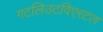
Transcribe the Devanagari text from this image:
गटलिउटविएरटल